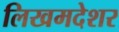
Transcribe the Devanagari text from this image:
लिखमदेशर